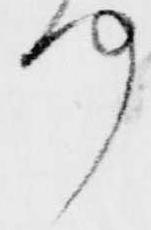
何